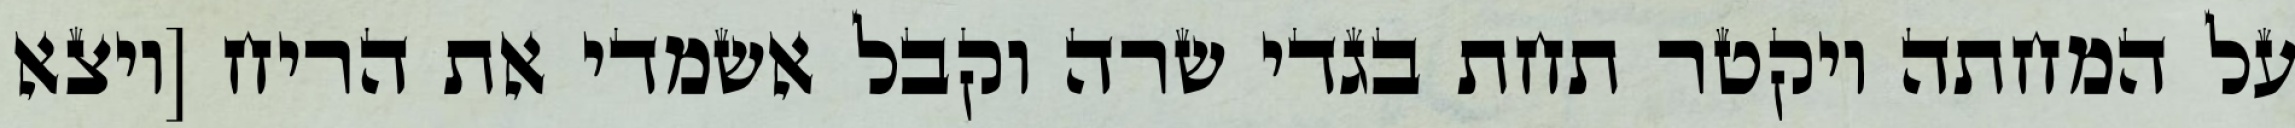
על המחתה ויקטר תחת בגדי שרה וקבל אשמדי את הריח [ויצא